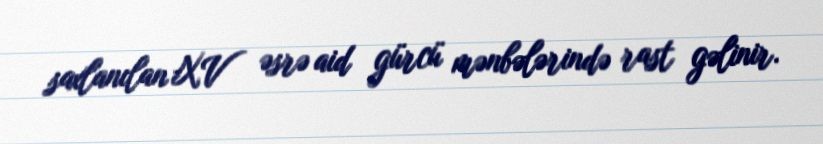
saxlanılan XV əsrə aid gürcü mənbələrində rast gəlinir.